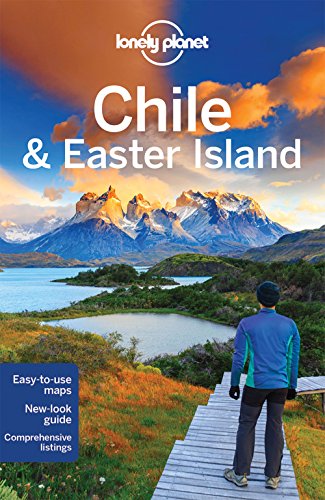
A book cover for Lonely Planet Chile & Easter Island (Travel Guide); Lonely Planet; Travel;